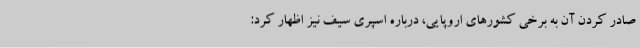
صادر کردن آن به برخی کشورهای اروپایی، درباره اسپری سیف نیز اظهار کرد: